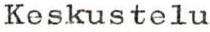
Keskustelu